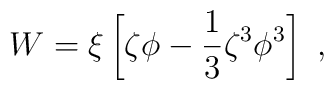
W=\xi\left[\zeta\phi-{1\over 3}\zeta^3\phi^3\right]~,